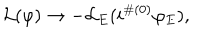
LaTeX: { \cal L } ( \varphi ) \to - { \cal L } _ { E } ( i ^ { \# ( 0 ) } \varphi _ { E } ) ,